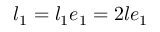
\boldsymbol { l } _ { 1 } = l _ { 1 } \boldsymbol { e } _ { 1 } = 2 l \boldsymbol { e } _ { 1 }